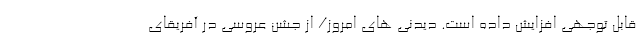
قابل توجهی افزایش داده است. دیدنی های امروز/ از جشن عروسی در آفریقای